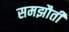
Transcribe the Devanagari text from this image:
समझौती